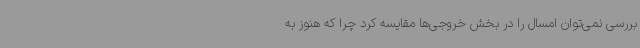
بررسی نمی‌توان امسال را در بخش خروجی‌ها مقایسه کرد چرا که هنوز به